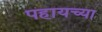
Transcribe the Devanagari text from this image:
पहायच्या